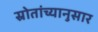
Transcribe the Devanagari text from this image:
स्रोतांच्‍यानुसार